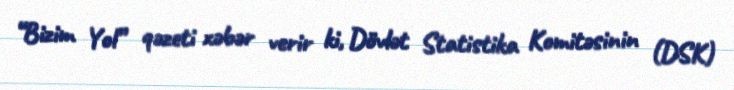
“Bizim Yol” qəzeti xəbər verir ki, Dövlət Statistika Komitəsinin (DSK)